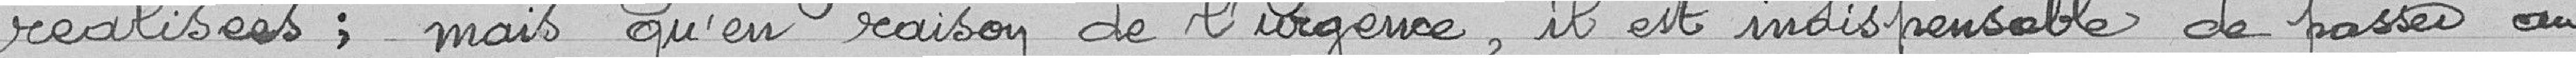
réalisées ; mais qu'en raison de l'urgence, il est indispensable de passer au